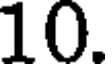
10.